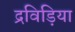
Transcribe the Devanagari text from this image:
द्रविड़िया